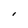
Character: I